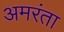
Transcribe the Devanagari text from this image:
अमरंता